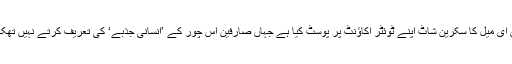
“رپورٹ کے مطابق جس لڑکے کا لیپ ٹاپ چوری ہوا تھا اس کے فلیٹ میٹ سٹیو ویلنٹائن نے اس ای میل کا سکرین شاٹ اپنے ٹوئٹر اکاﺅنٹ پر پوسٹ کیا ہے جہاں صارفین اس چور کے ’انسانی جذبے‘ کی تعریف کرتے نہیں تھک رہے اور اکثر تو کہہ رہے ہیں انہیں اس کا پتہ مل جائے تو وہ اس کی مالی مدد کرنا چاہتے ہیں۔